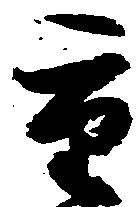
重